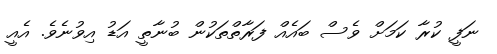
ނަފީ ކުރާ ކަމަށް ވެސް ބައެއް ފަރާތްތަކުން ބުނާތީ އަޑު އިވުނެވެ. އެއީ